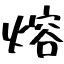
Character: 熔